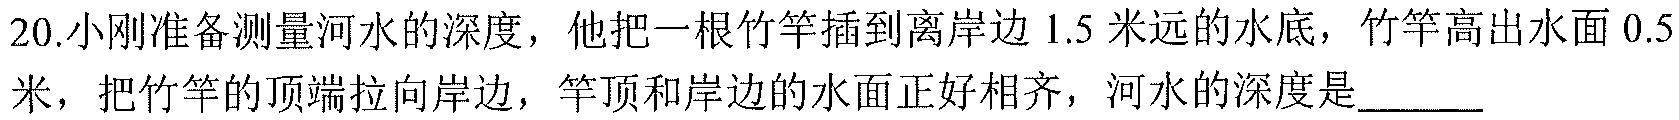
20.小刚准备测量河水的深度，他把一根竹竿插到离岸边\(1.5\)米远的水底，竹竿高出水面\(0.5\)米，把竹竿的顶端拉向岸边，竿顶和岸边的水面正好相齐，河水的深度是  .